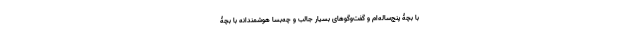
با بچۀ پنج‌ساله‌ام و گفت‌وگوهای بسیار جالب و چه‌بسا هوشمندانه با بچۀ